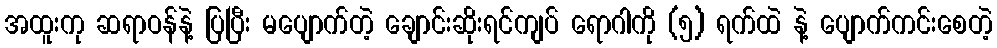
အထူးကု ဆရာဝန်နဲ့ ပြပြီး မပျောက်တဲ့ ချောင်းဆိုးရင်ကျပ် ရောဂါကို (၅) ရက်ထဲ နဲ့ ပျောက်ကင်းစေတဲ့